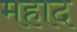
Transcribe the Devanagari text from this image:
महाद